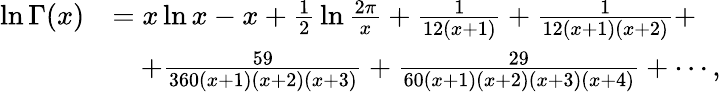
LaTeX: {\begin{array}{rl}{\ln\Gamma(x)}&{=x\ln x-x+{\frac{1}{2}}\ln{\frac{2\pi}{x}}+{\frac{1}{12(x+1)}}+{\frac{1}{12(x+1)(x+2)}}+}\\ &{\quad+{\frac{59}{360(x+1)(x+2)(x+3)}}+{\frac{29}{60(x+1)(x+2)(x+3)(x+4)}}+\cdots,}\end{array}}